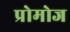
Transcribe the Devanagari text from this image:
प्रोमोज